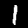
Digit: 1